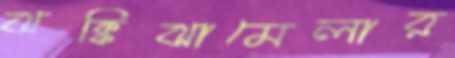
ঝক্কিঝামেলার